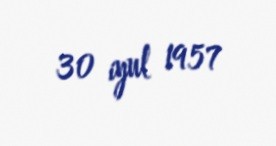
30 iyul 1957